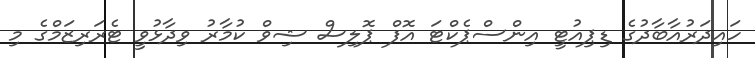
ހައިދަރުއާބާދުގެ ޑިޕިއުޓީ އިންސްޕެކްޓަ އޮފް ޕޮލިސް ޝިވް ކުމާރު ވިދާޅުވީ ޓެރަރިޒަމްގެ މި